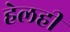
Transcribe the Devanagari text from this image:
हेलही